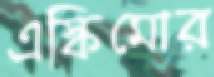
এস্কিমোর